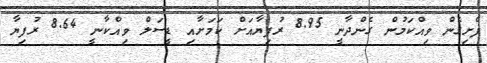
ފެށިގެން ވިއްކަމުން ގެންދާނީ 8.95 ރުފިޔާއަށް ކަމަށާއި ޑީސަލް ވިއްކާނީ 8.64 ރުފިޔާ